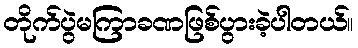
တိုက်ပွဲမကြာခဏဖြစ်ပွားခဲ့ပါတယ်။